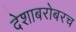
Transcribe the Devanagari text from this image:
देशाबरोबरच